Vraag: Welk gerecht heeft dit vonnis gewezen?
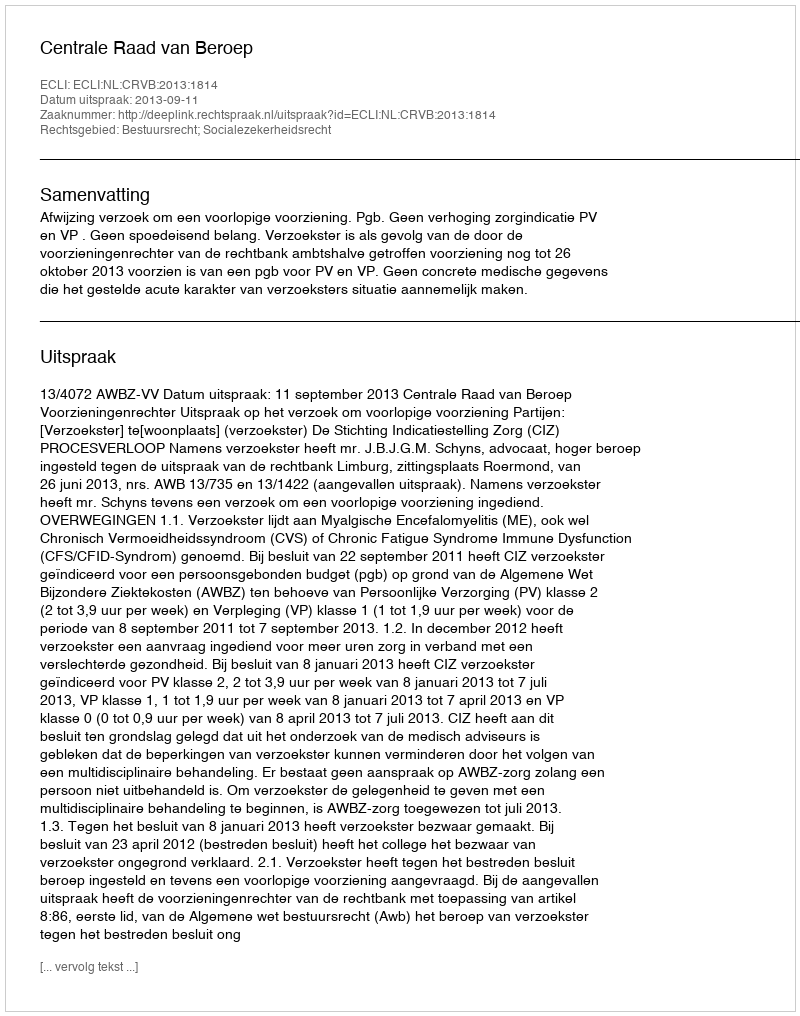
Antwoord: Centrale Raad van Beroep